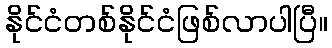
နိုင်ငံတစ်နိုင်ငံဖြစ်လာပါပြီ။